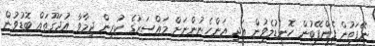
ނޭފަތުން ފެންފޭބުން ހޮނޑުލެވުން އަދި އަންހެނުންނަށް މައްސަރުގެ ކުރިން ދިމާވާ އުދަގޫތައް ބޮޑުވުން